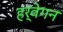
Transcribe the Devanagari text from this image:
हर्वेगन